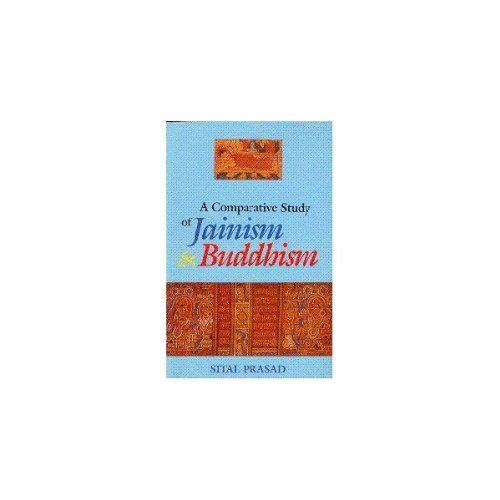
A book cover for A Comparative Study of Jainism and Buddhism; Brahmachari Prasad; Religion & Spirituality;